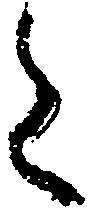
た